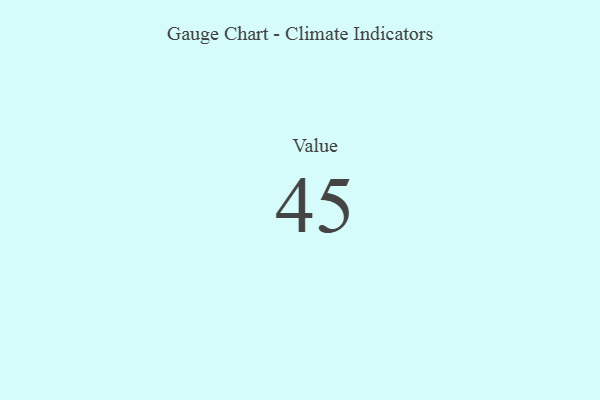
{"axis": {"x": "Metric", "y": "Value"}, "legend": [""], "data": [{"x": "Value", "y": 45, "type": ""}]}